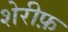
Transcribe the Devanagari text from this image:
शेरीफ़